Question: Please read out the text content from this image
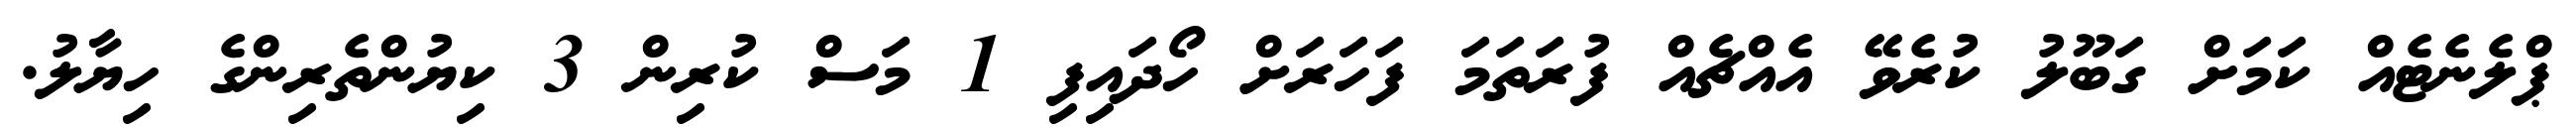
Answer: ޕްލެނެޓެއް ކަމަށް ގަބޫލު ކުރެވޭ އެއްޗެއް ފުރަތަމަ ފަހަރަށް ހޯދައިފި 1 މަސް ކުރިން 3 ކިޔުންތެރިންގެ ހިޔާލު.